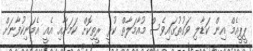
ޕީޕީއެމް އިން ކަޑާލި ވަގުތުގައިވެސް މުއާމަލާތް ކުރީ ރީތިކޮށް ކަމަށާއި އެއީ އެމަނިކުފާނަށް